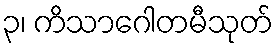
၃၊ ကိသာဂေါတမီသုတ်